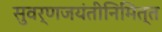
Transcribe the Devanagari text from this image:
सुवर्णजयंतीनिमित्त